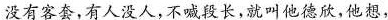
没有客套，有人没人，不喊段长，就叫他德欣，他想，